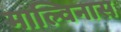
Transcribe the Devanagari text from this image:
माल्विनास